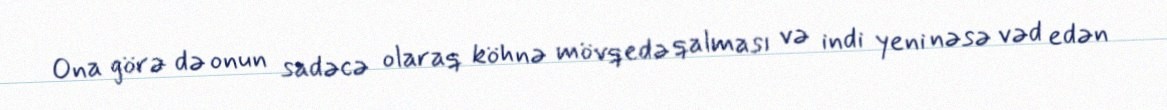
Ona görə də onun sadəcə olaraq köhnə mövqedə qalması və indi yeni nəsə vəd edən